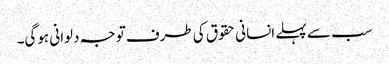
سب سے پہلے انسانی حقوق کی طرف توجہ دلوانی ہوگی۔